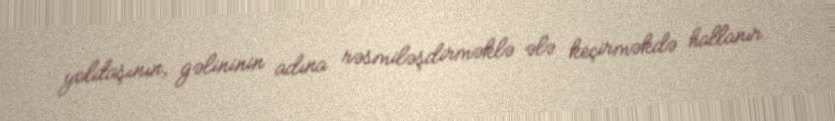
yoldaşının, gəlininin adına rəsmiləşdirməklə ələ keçirməkdə hallanır.